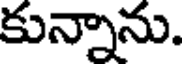
కున్నాను.